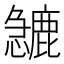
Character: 𱟙